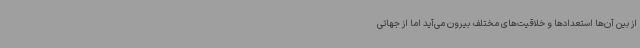
از بین آن‌ها استعدادها و خلاقیت‌های مختلف بیرون می‌آید اما از جهاتی